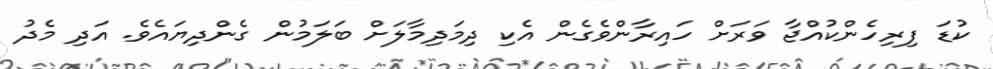
ކުޑަ ފިރިހެންކުއްޖާ ވަރަށް ހައިރާންވެގެން އެކި ދިމަދިމާލަށް ބަލަމުން ގެންދިޔައެވެ. އަދި މެދު